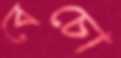
বেচো